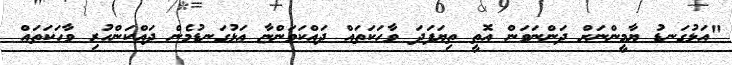
"އަޅުގަނޑު ޔާމީންނަށް ދަންނަވަން އޮތީ ތިޔަފަދަ ވާހަކަތައް ދައްކަވަންޏާ އަޅުގަނޑުމެން ދައްކަންހުރި ވާހަކަތައް